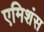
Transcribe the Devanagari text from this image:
एमिशंस